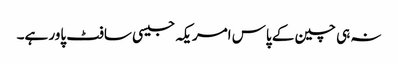
نہ ہی چین کے پاس امریکہ جیسی سافٹ پاور ہے۔